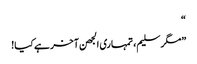
“
”مگر سلیم، تمہاری الجھن آخر ہے کیا!